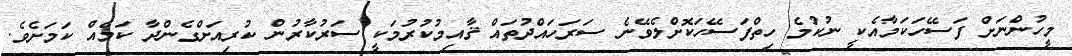
މީހުންނަށް ފަސޭހަކަމާއެކީ ނުކުމެ ހިތްފަސޭހަކޮށްލެވޭނެ ސަރަހައްދުތައް ޤާއިމުކުރުމަކީ ސަރުކާރުން ކުރިއަށްގެންދާ ކަމެއް ކަމަށެވެ.